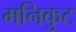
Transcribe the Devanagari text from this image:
मनिकुट